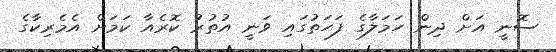
ސޮނީ އަށް ދިން ހަމަލާގެ ފަހަތުގައި ވަނީ އުތުރު ކޮރެއާ ކަމަށް އެމެރިކާގެ